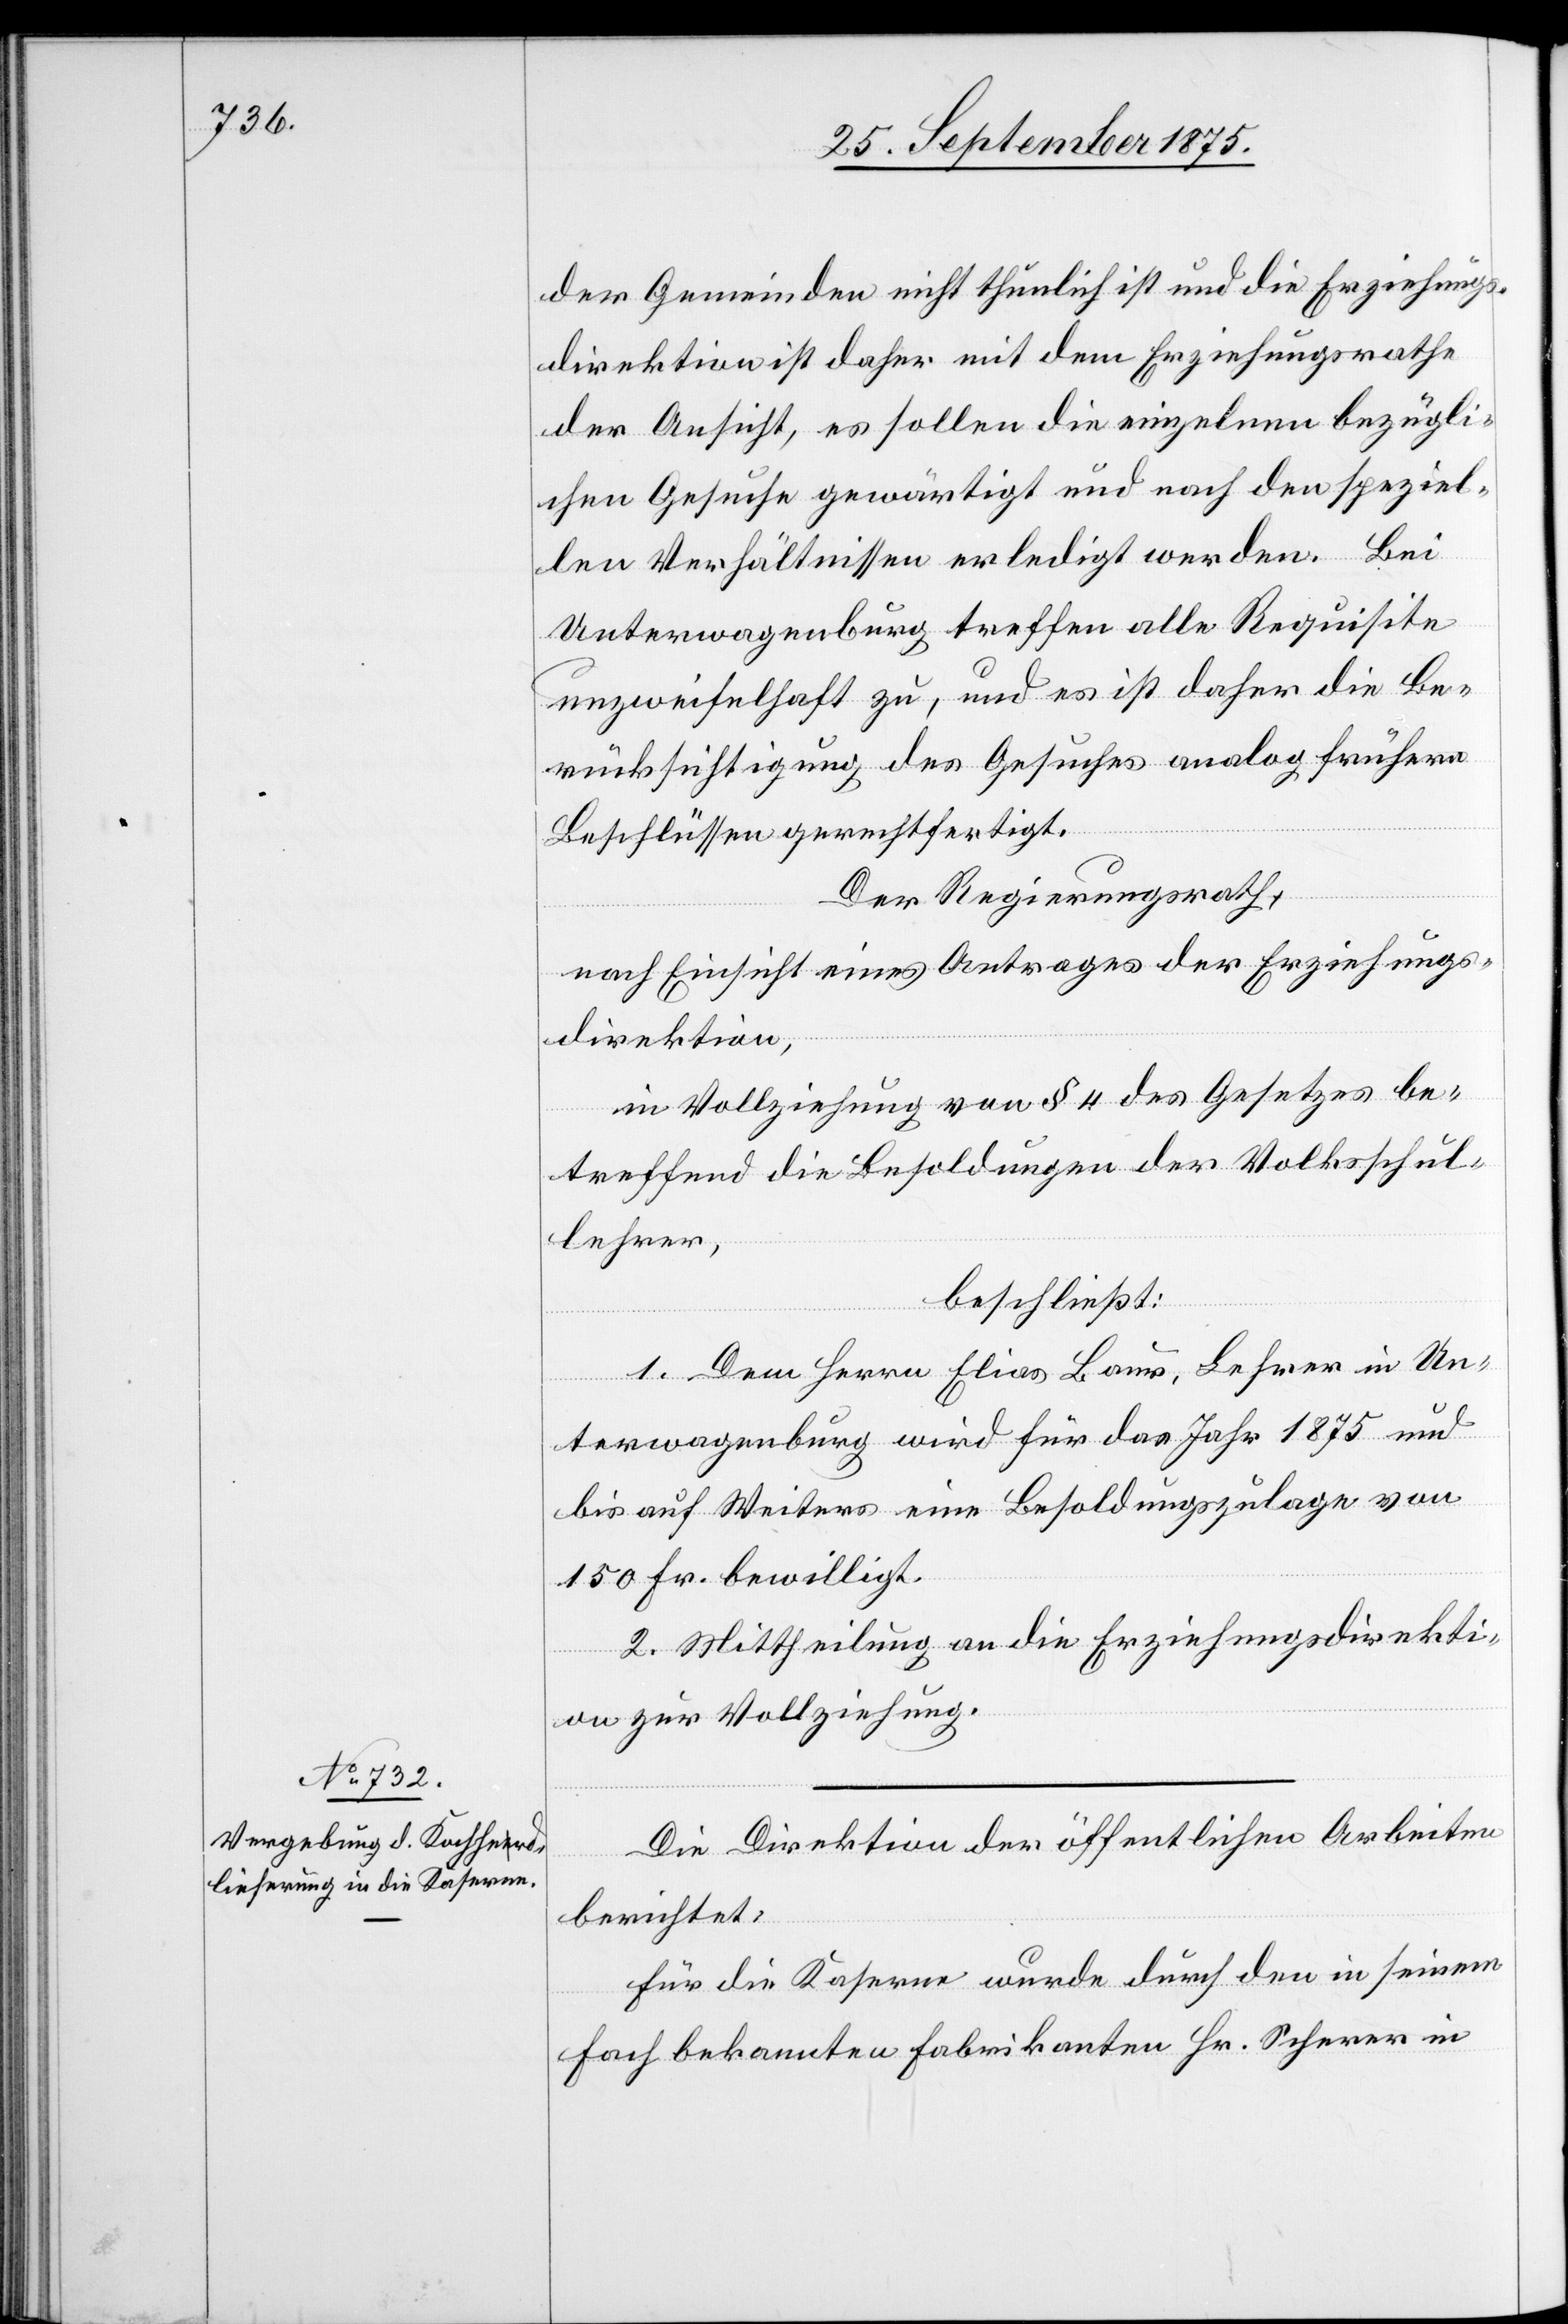
der Gemeinden nicht thunlich ist und die Erziehungs¬
direktion ist daher mit dem Erziehungsrathe
der Ansicht, es sollen die einzelnen bezügli¬
chen Gesuche gewärtigt und nach den speziel¬
len Verhältnissen erledigt werden. Bei
Unterwagenburg treffen alle Requisite
unzweifelhaft zu, und es ist daher die Be¬
rücksichtigung des Gesuches analog frühern
Beschlüssen gerechtfertigt.
Der Regierungsrath,
nach Einsicht eines Antrages der Erziehungs¬
direktion,
in Vollziehung von § 4 des Gesetzes be¬
treffend die Besoldungen der Volksschul¬
lehrer,
beschließt:
1. Dem Herrn Elias Baur, Lehrer in Un¬
terwagenburg wird für das Jahr 1875 und
bis auf Weiters eine Besoldungszulage von
150 Fr. bewilligt.
2. Mittheilung an die Erziehungsdirekti¬
on zur Vollziehung.
Die Direktion der öffentlichen Arbeiten
berichtet:
Für die Kaserne wurde durch den in seinem
Fach bekannten Fabrikanten Hr. Scherer in